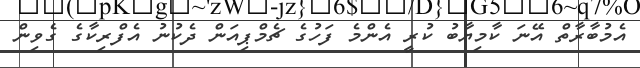
އެމުބާރާތް އޭނަ ކާމިޔާބު ކުރީ އެންމެ ފަހުގެ ޗެމްޕިއަން ދެކުނު އެފްރިކާގެ ގެވިން